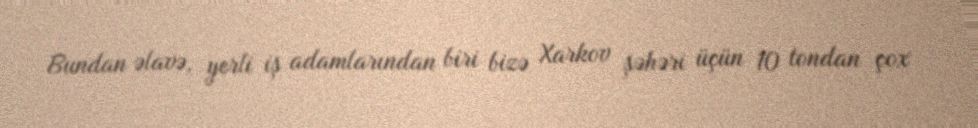
Bundan əlavə, yerli iş adamlarından biri bizə Xarkov şəhəri üçün 10 tondan çox